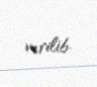
verilib.